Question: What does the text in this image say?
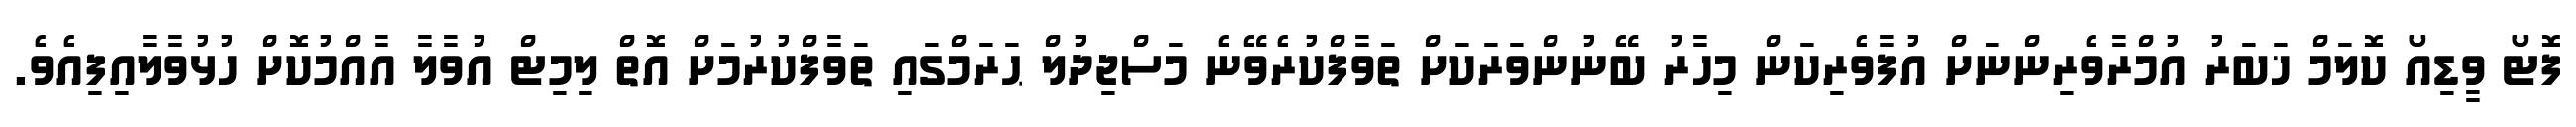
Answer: ފޮޓޯ ވީޑިއޯ ކޮލަމް ޚަބަރު އުމްރާވެރިންނަށް އުފާވެރިކަން މިހާރު ބޭނުންވަރަކަށް ތަވާފްކުރެވޭނެ މަސްޖިދުލް ޙަރަމްގައި ތަވާފްކުރުމަށް އޮތް ލިމިޓް އުވާލާ އާއްމުކޮށް ހުޅުވާލާއިފިއެވެ.